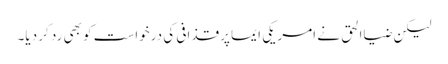
لیکن ضیاالحق نے امریکی ایما پر قذافی کی درخواست کو بھی رد کر دیا۔